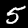
Digit: 5